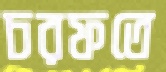
চরফতে